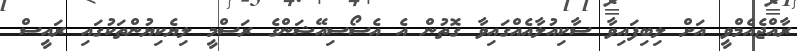
ރާއްޖެއެމްވީ އަށް ލިބިފައިވާ ސާކިއުލާއެއްގައިވާ ގޮތުން އެ އެސޯސިއޭޝަންގެ ރަސްމީ ލިޔެކިޔުންތަކުގައި ރައީސް